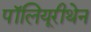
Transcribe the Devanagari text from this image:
पॉलियूरीथेन